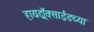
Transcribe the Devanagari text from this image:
हायड्राॅक्साईडच्या